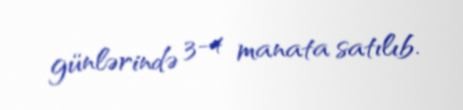
günlərində 3-4 manata satılıb.